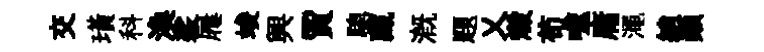
交璜科渙裟屨竣興賈驄藏溉題乂燬苟噬庸澠綃顛